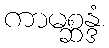
ကာမစ္ဆန္ဒံ